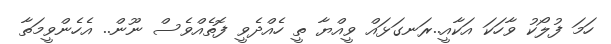
ހަމަ ފުލޯކު ވާހަކަ އަކާއީ..ރަނގަޅައް ވީއްޔާ ތީ ހެއްދެވީ ފޮތެއްވެސް ނޫން.. އެހެންވީމަތާ